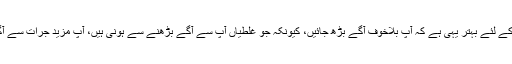
اور خوف آپ کو تباہ کرسکتا ہے، آپ کے لئے بہتر یہی ہے کہ آپ بلاخوف آگے بڑھ جائیں، کیونکہ جو غلطیاں آپ سے آگے بڑھنے سے ہونی ہیں، آپ مزید جرات سے آگے بڑھ کران کی تلافی کر سکتے ہیں۔